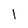
Character: 1